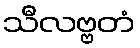
သီလဗ္ဗတံ